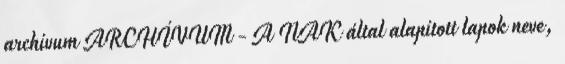
archívum ARCHÍVUM - A NAK által alapított lapok neve,